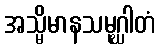
အသ္မိမာနသမုဂ္ဃါတံ